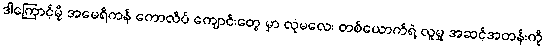
ဒါကြောင့်မို့ အမေရိကန် ကောလိပ် ကျောင်းတွေ မှာ လုံမလေး တစ်ယောက်ရဲ့ လူမှု အဆင့်အတန်းကို